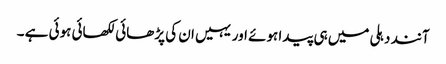
آنند دہلی میں ہی پیدا ہوئے اور یہیں ان کی پڑھائی لکھائی ہوئی ہے ۔